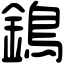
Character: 鵭